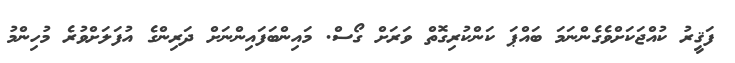
ފަޤީރު ކުއްޖަކަށްވެގެންނަމަ ބައްޕަ ކަންކުރިގޮތް ވަރަށް ގޯސް. މައިންބަފައިންނަށް ދަރިންގެ އުފަލަށްވުރެ މުހިންމު